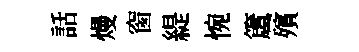
話熳窗緹惋𥵂殯